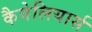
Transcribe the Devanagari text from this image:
कैवेलियार्स